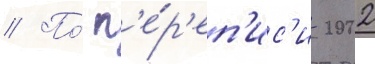
// По́ п'е́р'еп'ис'и 2002